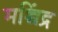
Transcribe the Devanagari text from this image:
मच्चिंद्र